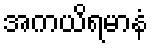
အကယိရမာနံ